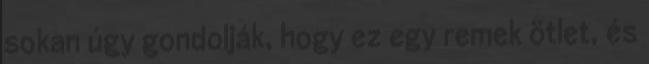
sokan úgy gondolják, hogy ez egy remek ötlet, és